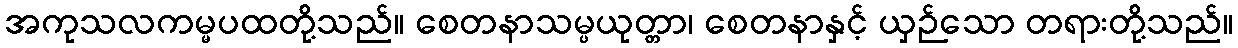
အကုသလကမ္မပထတို့သည်။ စေတနာသမ္ပယုတ္တာ၊ စေတနာနှင့် ယှဉ်သော တရားတို့သည်။